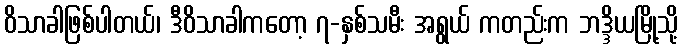
ဝိသာခါဖြစ်ပါတယ်၊ ဒီဝိသာခါကတော့ ၇-နှစ်သမီး အရွယ် ကတည်းက ဘဒ္ဒိယမြို့သို့